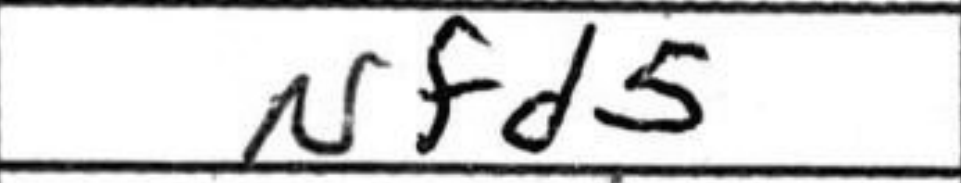
Transcription: Nfd5